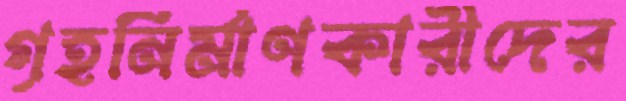
গৃহনির্মাণকারীদের